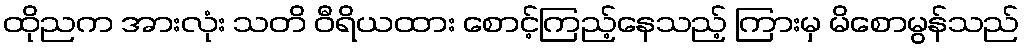
ထိုညက အားလုံး သတိ ဝီရိယထား စောင့်ကြည့်နေသည့် ကြားမှ မိစောမွန်သည်